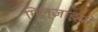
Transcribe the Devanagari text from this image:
गिल्ज़ाइयों